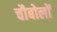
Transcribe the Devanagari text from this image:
चौबोलों